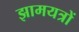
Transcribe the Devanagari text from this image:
झामयत्रों